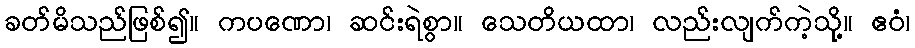
ခတ်မိသည်ဖြစ်၍။ ကပဏော၊ ဆင်းရဲစွာ။ သေတိယထာ၊ လည်းလျက်ကဲ့သို့။ ဧဝံ၊